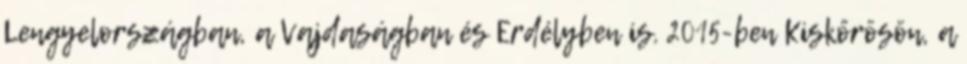
Lengyelországban, a Vajdaságban és Erdélyben is. 2015-ben Kiskőrösön, a